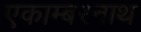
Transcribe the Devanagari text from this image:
एकाम्बरनाथ